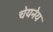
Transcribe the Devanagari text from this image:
चेयनेय